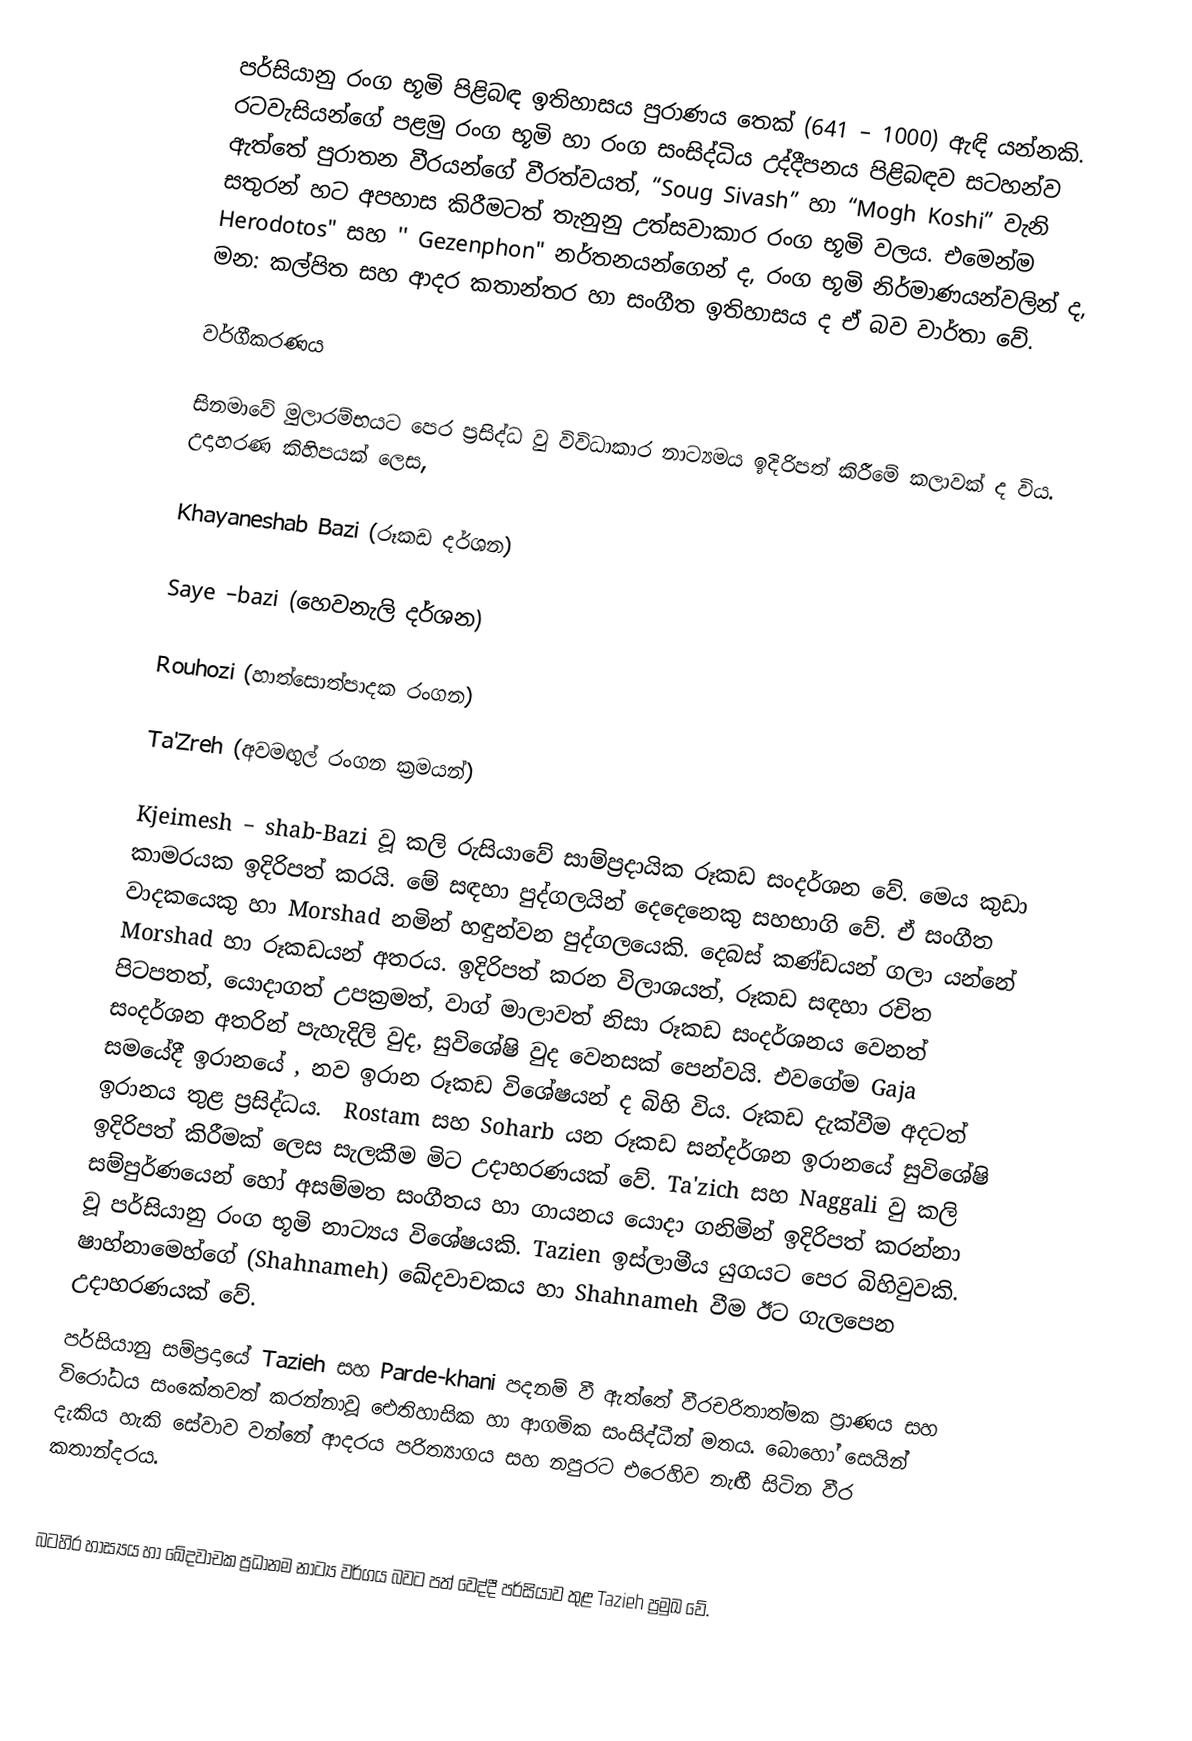
පර්සියානු රංග භූමි පිළිබඳ ඉතිහාසය පුරාණය තෙක් (641 – 1000) ඇඳි යන්නකි. රටවැසියන්ගේ පළමු රංග භූමි හා රංග සංසිද්ධිය උද්දීපනය පිළිබඳව සටහන්ව ඇත්තේ පුරාතන වීරයන්ගේ වීරත්වයත්, “Soug Sivash” හා “Mogh Koshi” වැනි සතුරන් හට අපහාස  කිරීමටත් තැනුනු උත්සවාකාර රංග භූමි වලය. එමෙන්ම Herodotos" සහ '' Gezenphon" නර්තනයන්ගෙන් ද, රංග භූමි නිර්මාණයන්වලින් ද, මන: කල්පිත සහ ආදර කතාන්තර හා සංගීත ඉතිහාසය ද ඒ බව වාර්තා වේ.

වර්ගීකරණය

සිනමාවේ මුලාරම්භයට පෙර ප්‍රසිද්ධ වු විවිධාකාර නාට්‍යමය ඉදිරිපත් කිරීමේ කලාවක් ද විය. උදාහරණ කිහිපයක් ලෙස,

	Khayaneshab Bazi  (රූකඩ දර්ශන)

	Saye –bazi (හෙවනැලි දර්ශන)

	Rouhozi (හාත්සොත්පාදක රංගන)

	Ta'Zreh	 (අවමඟුල් රංගන ක්‍රමයන්)

Kjeimesh – shab-Bazi  වූ කලි ‍රුසියාවේ සාම්ප්‍රදායික රූකඩ සංදර්ශන වේ. මෙය කුඩා කාමරයක ඉදිරිපත් කරයි. මේ සඳහා පුද්ගලයින් දෙදෙනෙකු සහභාගි වේ. ඒ  සංගීත වාදකයෙකු  හා Morshad  නමින් හඳුන්වන පුද්ගලයෙකි. දෙබස් කණ්ඩයන් ගලා යන්නේ  Morshad හා රූකඩයන් අතරය. ඉදිරිපත් කරන විලාශයත්, රූකඩ සඳහා රචිත පිටපතත්, යොදාගත් උපක්‍රමත්, වාග් මාලාවත් නිසා රූකඩ සංදර්ශනය වෙනත් සංදර්ශන අතරින් පැහැදිලි වුද,  සුවිශේෂි වුද වෙනසක් පෙන්වයි. එවගේම Gaja සමයේදී  ඉරානයේ , නව ඉරාන රූකඩ ‍විශේෂයන් ද බිහි විය. රූකඩ දැක්වීම අදටත් ඉරානය තුළ ප්‍රසිද්ධය. ‍ Rostam සහ Soharb යන රූකඩ සන්දර්ශන ඉරානයේ සුවිශේෂි ඉදිරිපත් කිරීමක් ලෙස සැලකීම මිට උදාහරණයක් වේ.  Ta'zich  සහ  Naggali වු කලි සම්පුර්ණයෙන් හෝ අසම්මත සංගීතය හා ගායනය යොදා ගනිමින් ඉදිරිපත් කරන්නා වූ  පර්සියානු රංග භූමි නාට්‍යය විශේෂයකි.  Tazien ඉස්ලාමීය යුගයට පෙර බිහිවුවකි. ‍‍ෂාහ්නාමෙහ්ගේ (Shahnameh) ඛේදවාචකය හා Shahnameh  වීම  ඊට ගැලපෙන උදාහරණයක් වේ.
පර්සියානු සම්ප්‍රදායේ Tazieh සහ Parde-khani පදනම් වී ඇත්තේ වීරචරිතාත්මක ප්‍රාණය සහ විරෝධය සංකේතවත් කරන්නාවූ ඓතිහාසික හා ආගමික සංසිද්ධීන් මතය. බොහෝ සෙයින් දැකිය හැකි සේවාව වන්නේ ආදරය පරිත්‍යාගය සහ නපුරට එරෙහිව නැඟී සිටින වීර කතාන්දරය.

බටහිර හාස්‍යය හා ඛේදවාචක ප්‍රධානම නාට්‍ය වර්ගය බවට පත් වෙද්දී පර්සියාව තුළ  Tazieh ප්‍රමුඛ වේ.